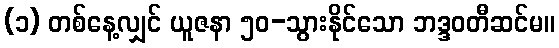
(၁) တစ်နေ့လျှင် ယူဇနာ ၅၀-သွားနိုင်သော ဘဒ္ဒဝတီဆင်မ။